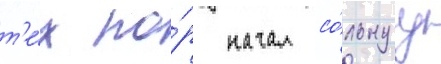
т'е́х по́р начал со́льнуу